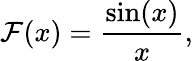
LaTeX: \mathcal{F}(x)={\frac{{\sin(x)}}{{x}}},